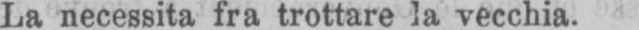
La necessita fra trottare la vecchia.